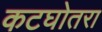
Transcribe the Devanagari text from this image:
कटघोतरा